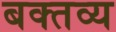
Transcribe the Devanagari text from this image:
बक्तव्य